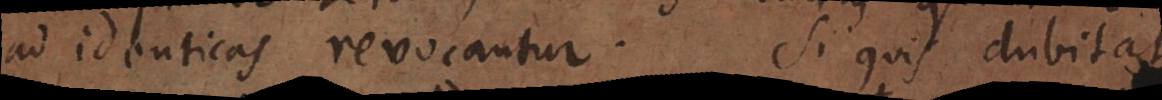
ad identicas revocantur. Si quis dubitat